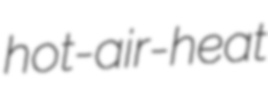
hot-air-heat